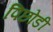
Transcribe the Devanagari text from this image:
पिछोडी